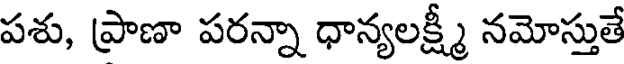
పశు, ప్రాణా పరన్నా ధాన్యలక్ష్మీ నమోస్తుతే